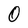
Character: 0